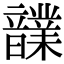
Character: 𩑃